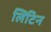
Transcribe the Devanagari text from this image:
लिटिन